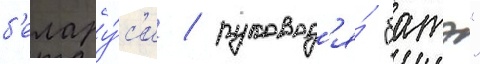
б'елару́с'и / руковод'я́ "батэ"